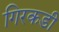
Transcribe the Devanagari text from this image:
गिरकडी